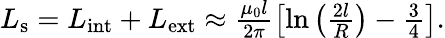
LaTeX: \begin{array}{r}{L_{\mathrm{s}}=L_{\mathrm{int}}+L_{\mathrm{ext}}\approx\frac{\mu_{0}l}{2\pi}\left[\ln\left(\frac{2l}{R}\right)-\frac{3}{4}\right].}\end{array}